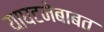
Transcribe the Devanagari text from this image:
याघटनेबाबत